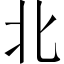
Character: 北